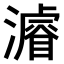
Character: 𤀹